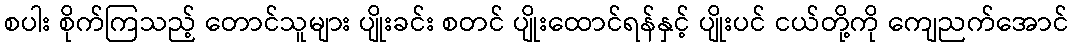
စပါး စိုက်ကြသည့် တောင်သူများ ပျိုးခင်း စတင် ပျိုးထောင်ရန်နှင့် ပျိုးပင် ငယ်တို့ကို ကျေညက်အောင်